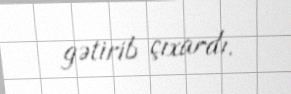
gətirib çıxardı.